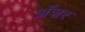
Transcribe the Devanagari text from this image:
अॅशर